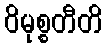
ဝိမုစ္စတီတိ